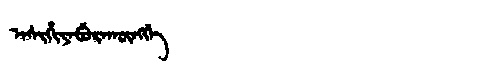
Manchu: ᠠᠰᡳᡥᡳᠶᠠᠪᡠᡵᠠᡴᡡᠩᡤᡝ
Romanization: ASIHIYABURAKŪNGGE